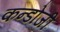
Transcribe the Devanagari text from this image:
कन्डोजी